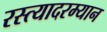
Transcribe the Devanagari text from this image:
रस्त्यादरम्यान